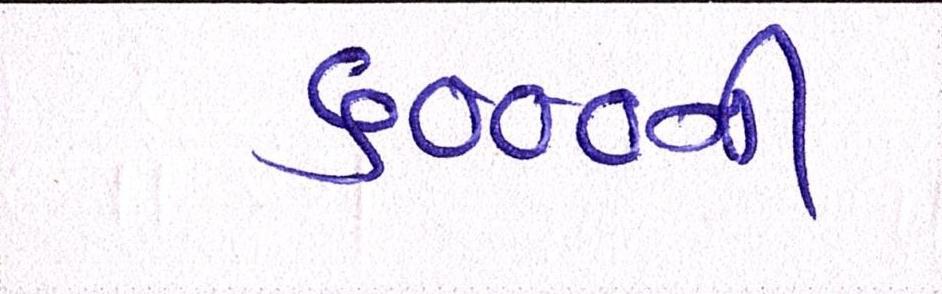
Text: ૬૦૦૦ની